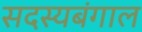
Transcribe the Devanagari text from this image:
सदस्यबंगाल